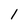
Character: 1